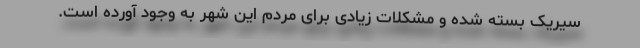
سیریک بسته شده و مشکلات زیادی برای مردم این شهر به وجود آورده است.